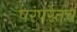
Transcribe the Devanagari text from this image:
परंपरेतच